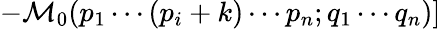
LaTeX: \left.-{\mathcal{M}}_{0}(p_{1}\cdots(p_{i}+k)\cdots p_{n};q_{1}\cdots q_{n})\right]